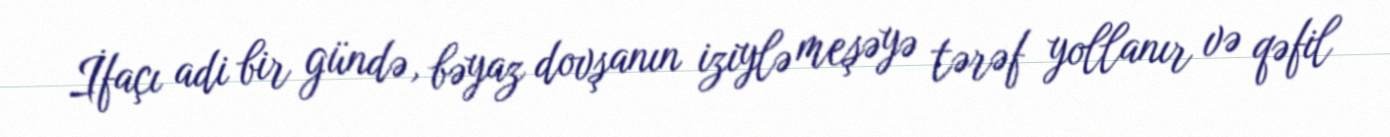
İfaçı adi bir gündə, bəyaz dovşanın iziylə meşəyə tərəf yollanır və qəfil